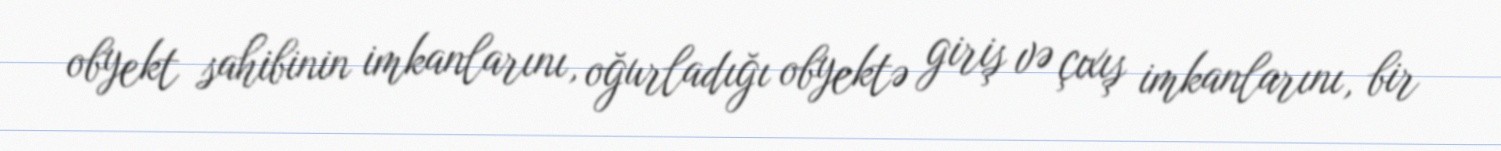
obyekt sahibinin imkanlarını, oğurladığı obyektə giriş və çıxış imkanlarını, bir